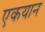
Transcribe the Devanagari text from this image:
एकयान